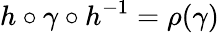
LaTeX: h\circ\gamma\circ h^{-1}=\rho(\gamma)